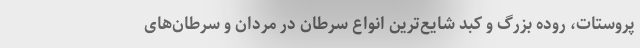
پروستات، روده بزرگ و کبد شایع‌ترین انواع سرطان در مردان و سرطان‌های